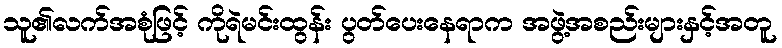
သူ၏လက်အစုံဖြင့် ကိုရဲမင်းထွန်း ပွတ်ပေးနေရာက အဖွဲ့အစည်းများနှင့်အတူ